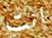
انت